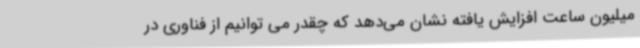
میلیون ساعت افزایش یافته نشان می‌دهد که چقدر می توانیم از فناوری در